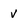
Character: v